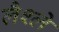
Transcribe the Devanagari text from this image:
लैश्ले